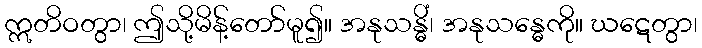
ဣတိဝတွာ၊ ဤသို့မိန့်တော်မူ၍။ အနုသန္ဓိံ၊ အနုသန္ဓေကို။ ဃဋေတွာ၊